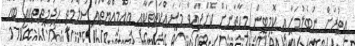
އިތުރަށް ނުބެލުމަށާއި ކޮމިޓީން މިހާތަނަށް ކޮށްފައިވާ މަސައްކަތްތަކާއި ޔައުމިއްޔާތައް ސަލާމަތީ ހިދުމަތްތަކާއި ބެހޭ